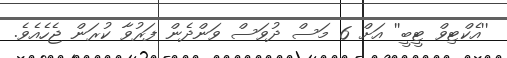
''އެކްޓިވް ޓީބީ'' އަށް 6 މަސް ދުވަސް ވަންދެން ފަރުވާ ކުރަން ޖެހެއެވެ.